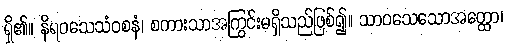
ရှိ၏။ နိရဝသေသံဝစနံ၊ စကားသာအကြွင်းမရှိသည်ဖြစ်၍။ သာဝသေသောအတ္ထော၊